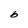
Character: b